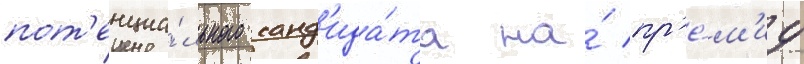
пот'енциа́льного канд'ида́та на́ пр'е́м'иу